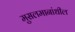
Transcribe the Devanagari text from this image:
मुसलमानांधील